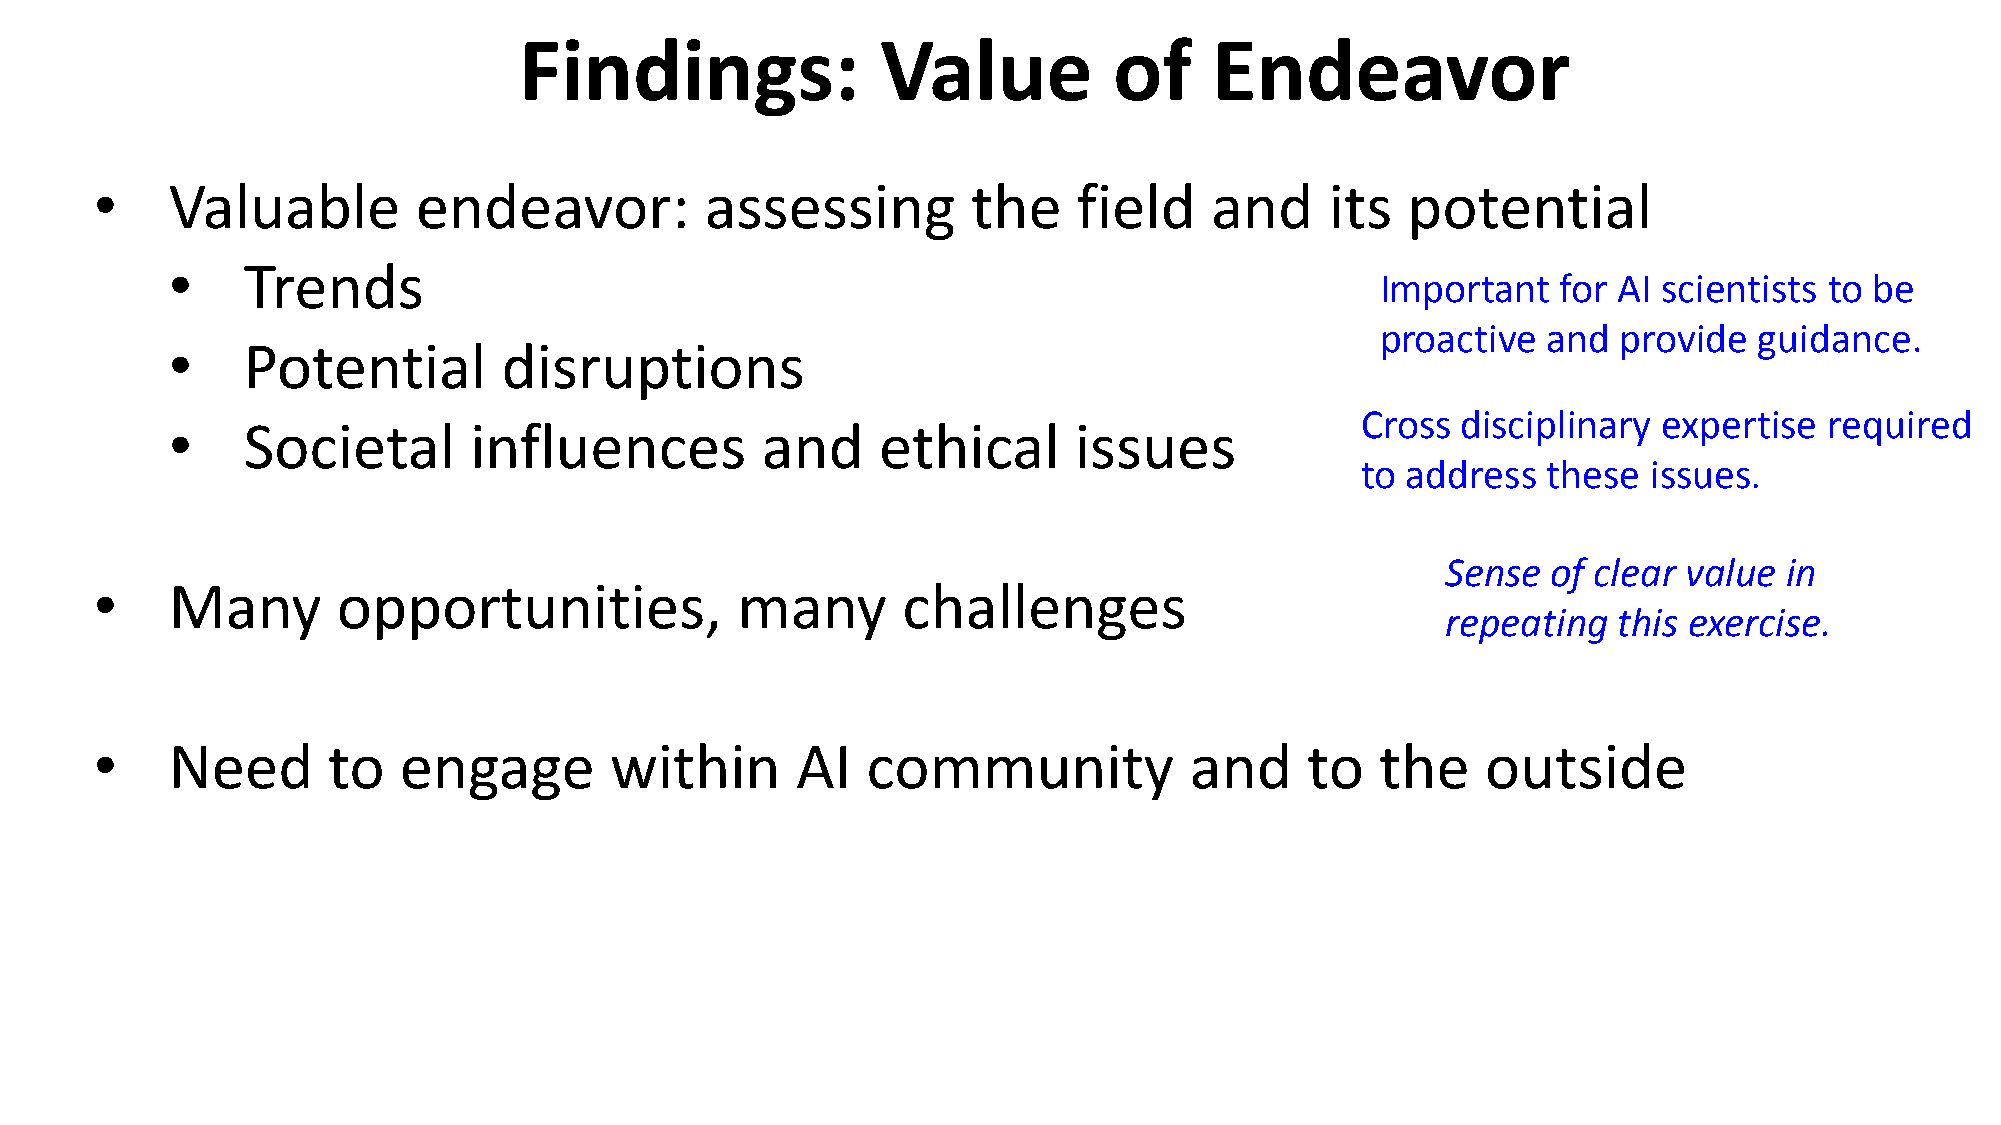
Findings:               Value           of    Endeavor
 •    Valuable         endeavor:          assessing        the    field    and     its  potential
 •    Trends
 Important   for AI scientists to be
 proactive  and  provide  guidance.
 •    Potential        disruptions
 Cross  disciplinary expertise  required
 •    Societal       influences         and     ethical      issues
 to address  these  issues.
 Sense  of clear value in
 •    Many       opportunities,             many       challenges
 repeating  this exercise.
 •    Need       to  engage        within       AI  community             and     to  the    outside